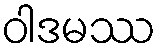
ဝါဒမဿ